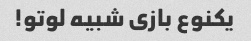
یکنوع بازی شبیه لوتو!